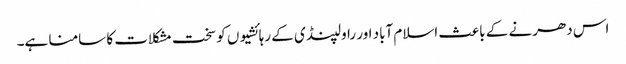
اس دھرنے کے باعث اسلام آباد اور راولپنڈی کے رہائشیوں کو سخت مشکلات کا سامنا ہے۔